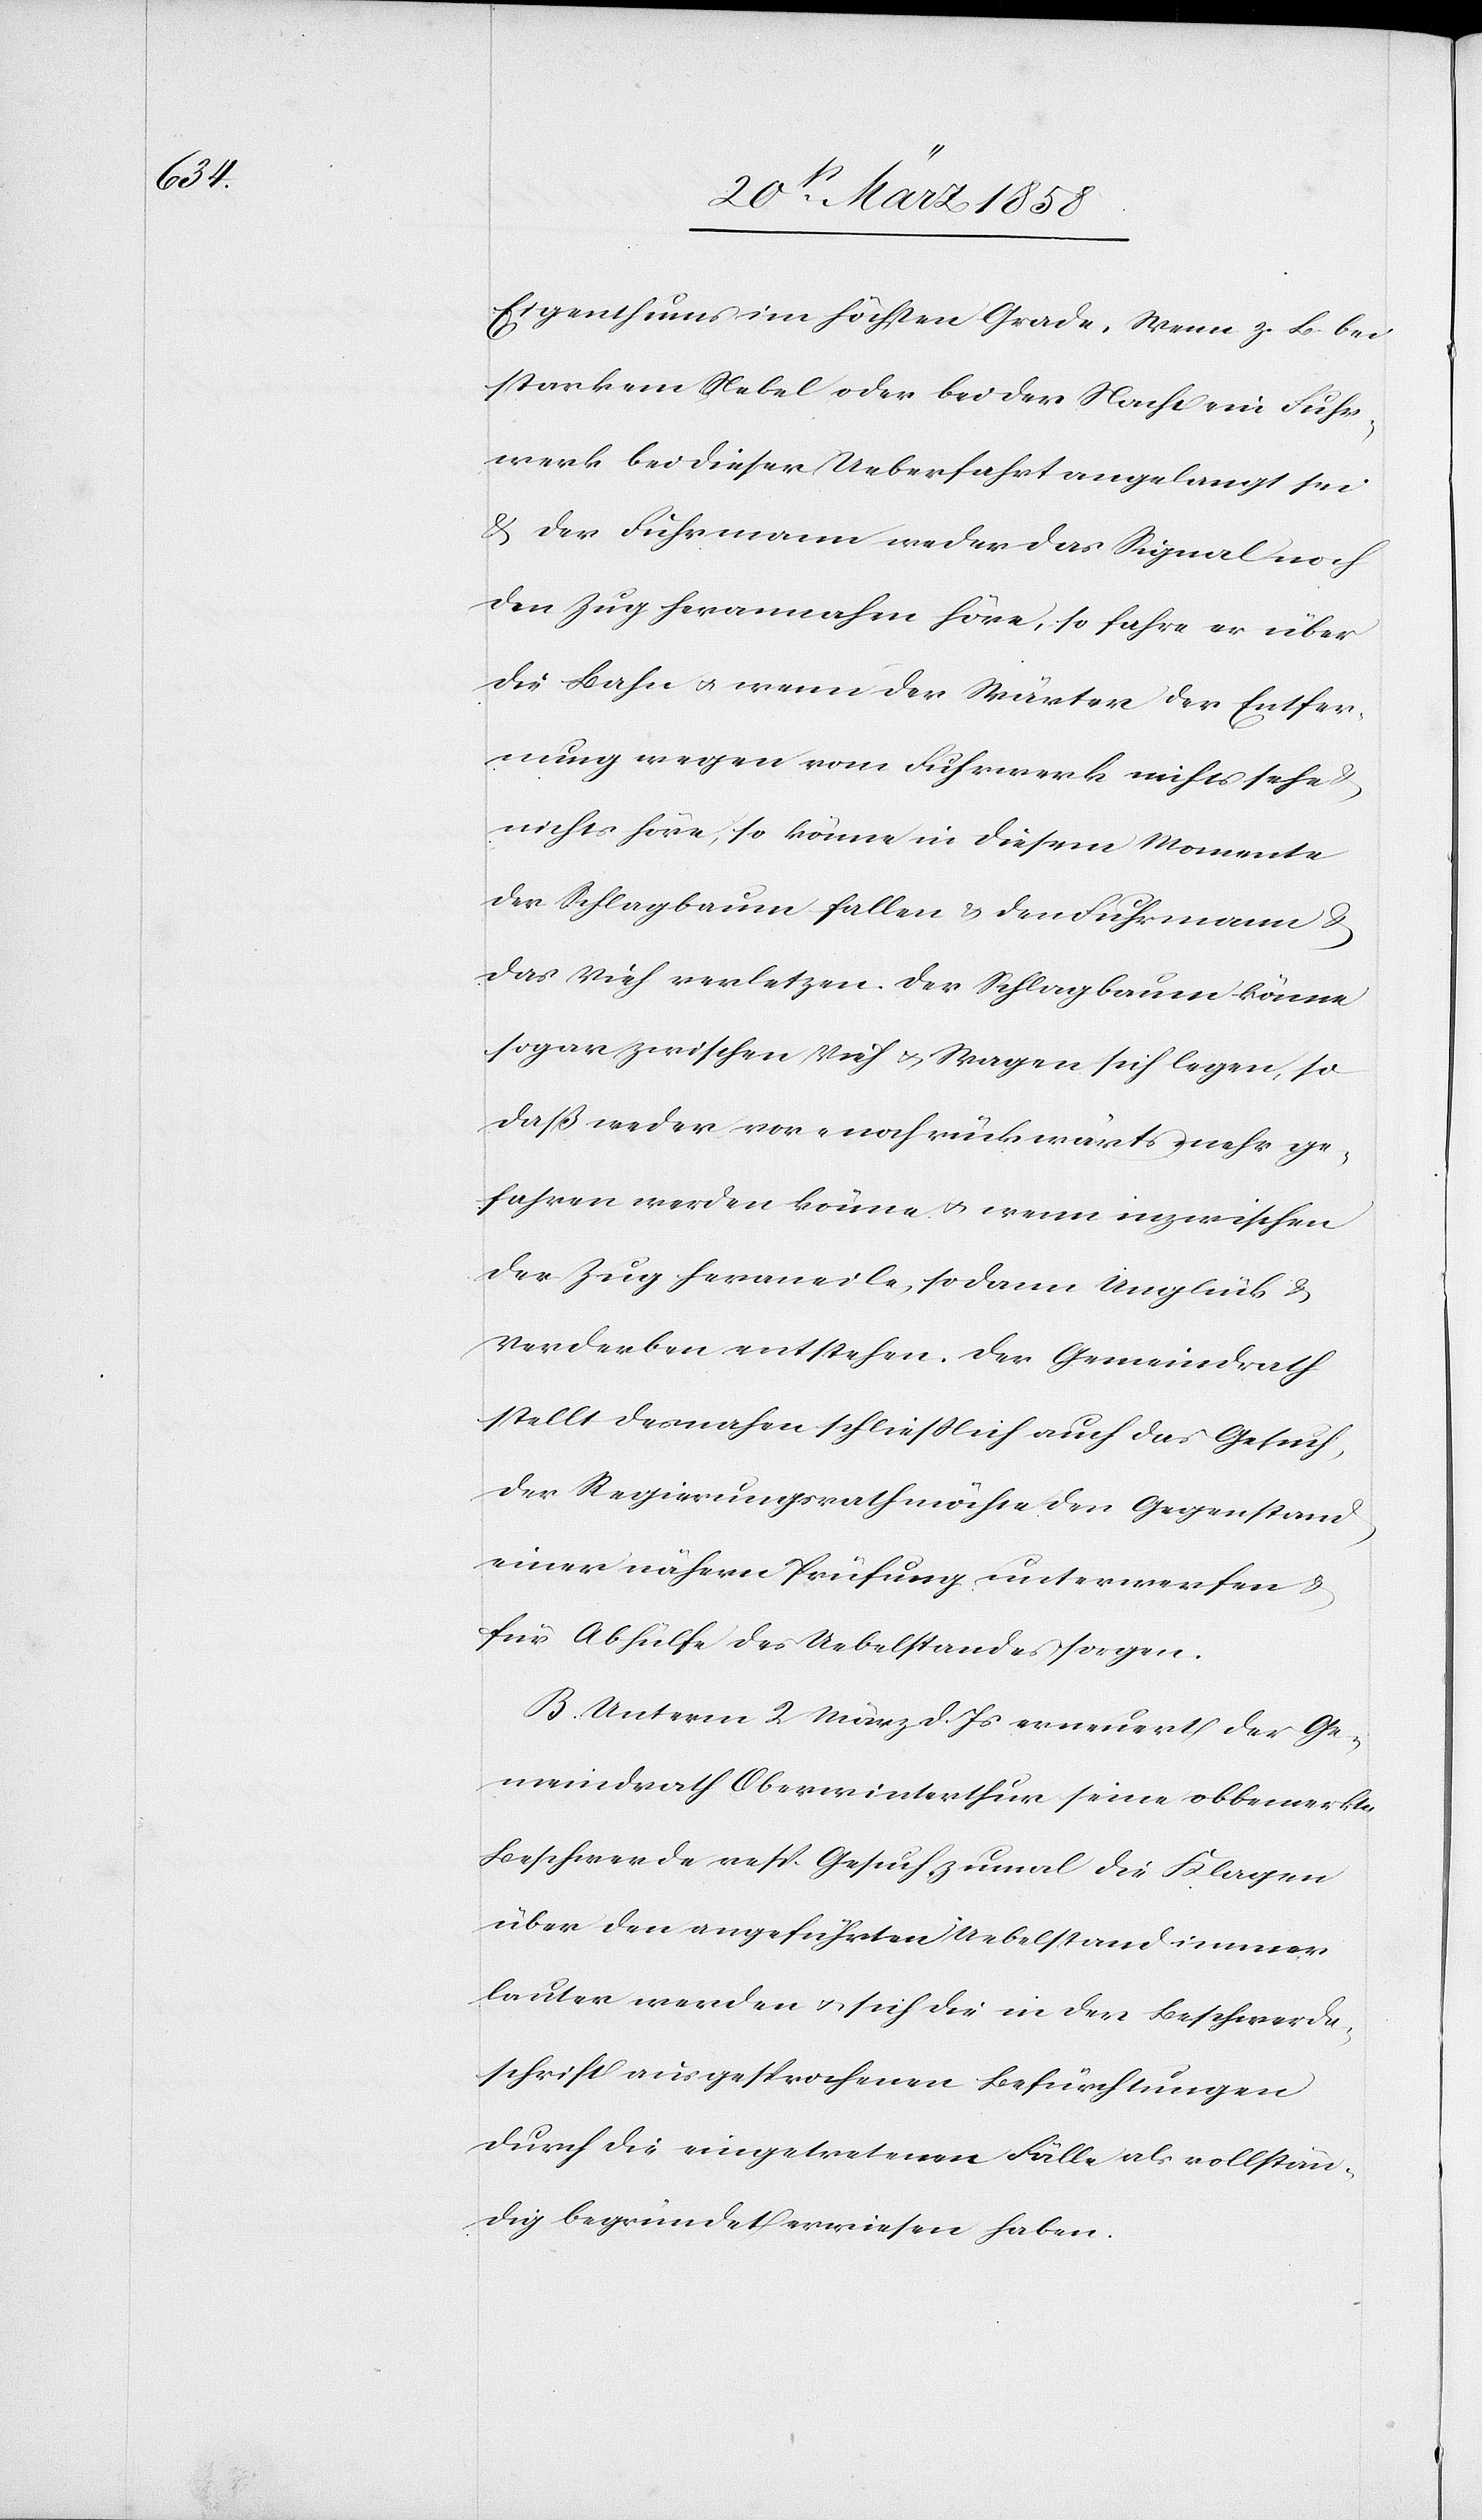
Eigenthums im höchsten Grade. Wenn z. B. bei
starkem Nebel oder bei der Nacht ein Fuhr¬
werk bei dieser Ueberfahrt angelangt sei
u. der Fuhrmann weder das Signal noch
den Zug herannahen höre, so fahre er über
die Bahn u. wenn der Wärter der Entfer¬
nung wegen vom Fuhrwerk nichts sehe
nichts höre, so könne in diesem Momente
der Schlagbaum fallen u. den Fuhrmann &
das Vieh verletzen. Der Schlagbaum könne
sogar zwischen Vieh u. Wagen sich legen, so
daß weder vor- noch rückwärts mehr ge¬
fahren werden könne u. wenn inzwischen
der Zug heraneile, so dann Unglück &
Verderben entstehen. Der Gemeindrath
stellt desnahen schließlich auch das Gesuch,
der Regierungsrath möchte den Gegenstand
einer nähern Prüfung unterwerfen u.
für Abhülfe des Uebelstandes sorgen.
B. Unterm 2. März d. Js. erneuert der Ge¬
meindrath Oberwinterthur seine obbemerkte
Beschwerde resp. Gesuch zumal die Klagen
über den angeführten Uebelstand immer
lauter werden u. sich die in der Beschwerde¬
schrift ausgesprochenen Befürchtungen
durch die eingetretenen Fälle als vollstän¬
dig begründet erwiesen haben.